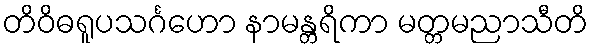
တိဝိဓရူပသင်္ဂဟော နာမန္တရိကာ မတ္တမညာသီတိ